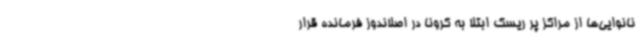
نانوایی‌ها از مراکز پر ریسک ابتلا به کرونا در اصلاندوز فرمانده قرار